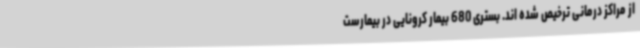
از مراکز درمانی ترخیص شده اند. بستری 680 بیمار کرونایی در بیمارست